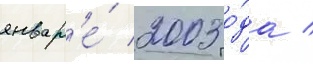
январ'е́ 2003 го́да /